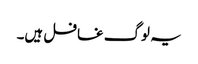
یہ لوگ غافل ہیں۔